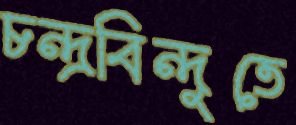
চন্দ্রবিন্দুতে